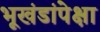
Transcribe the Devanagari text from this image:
भूखंडांपेक्षा